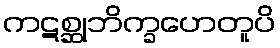
ကဋစ္ဆုဘိက္ခဟေတူပိ